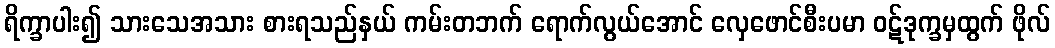
ရိက္ခာပါး၍ သားသေအသား စားရသည်နှယ် ကမ်းတဘက် ရောက်လွယ်အောင် လှေဖောင်စီးပမာ ဝဋ်ဒုက္ခမှထွက် ဖိုလ်